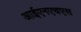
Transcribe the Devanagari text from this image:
आईएनएचएस